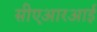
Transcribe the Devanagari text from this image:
सीएआरआई